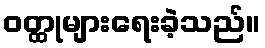
ဝတ္ထုများရေးခဲ့သည်။